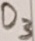
Text: D3